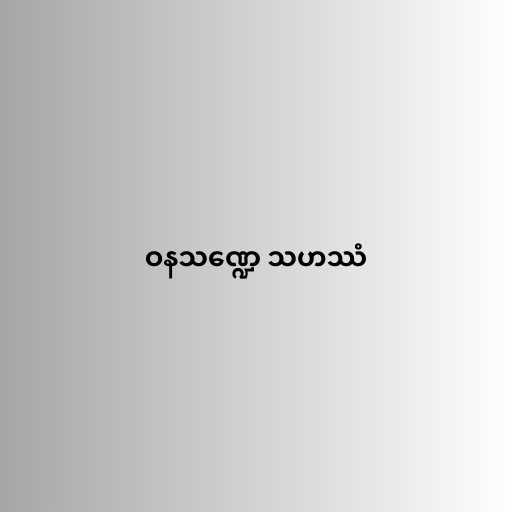
ဝနသဏ္ဍေ သဟဿံ